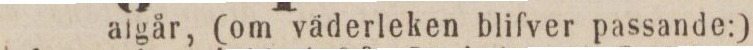
afgår, (om väderleken blifver passande:)